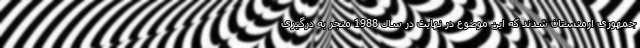
جمهوری ارمنستان شدند که این موضوع در نهایت در سال 1988 منجر به درگیری